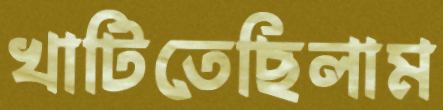
খাটিতেছিলাম